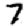
Digit: 7